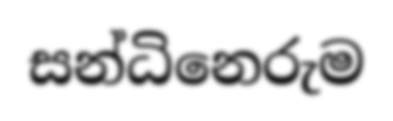
සන්ධිනෙරුම